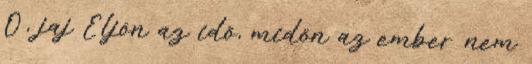
Ó, jaj Eljön az idő, midőn az ember nem